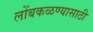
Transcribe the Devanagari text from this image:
लोंबकळण्यासाठी